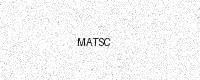
Text: MATSC